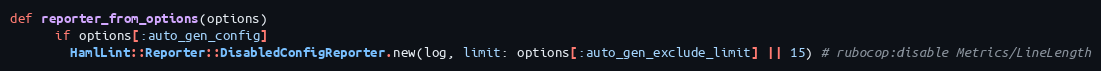
Language: Ruby
def reporter_from_options(options)
      if options[:auto_gen_config]
        HamlLint::Reporter::DisabledConfigReporter.new(log, limit: options[:auto_gen_exclude_limit] || 15) # rubocop:disable Metrics/LineLength